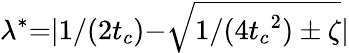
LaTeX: \lambda^{*}{=}|1/(2t_{c}){-}\sqrt{1/({4t_{c}}^{2})\pm\zeta}|